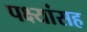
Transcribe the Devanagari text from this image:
पक्ष्यांसह